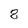
Character: 8